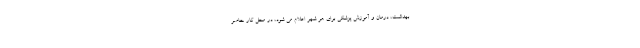
بهداشت، درمان و آموزش پزشکی برای هر شهر اعلام می شود، در محل کار حاضر